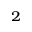
_ 2